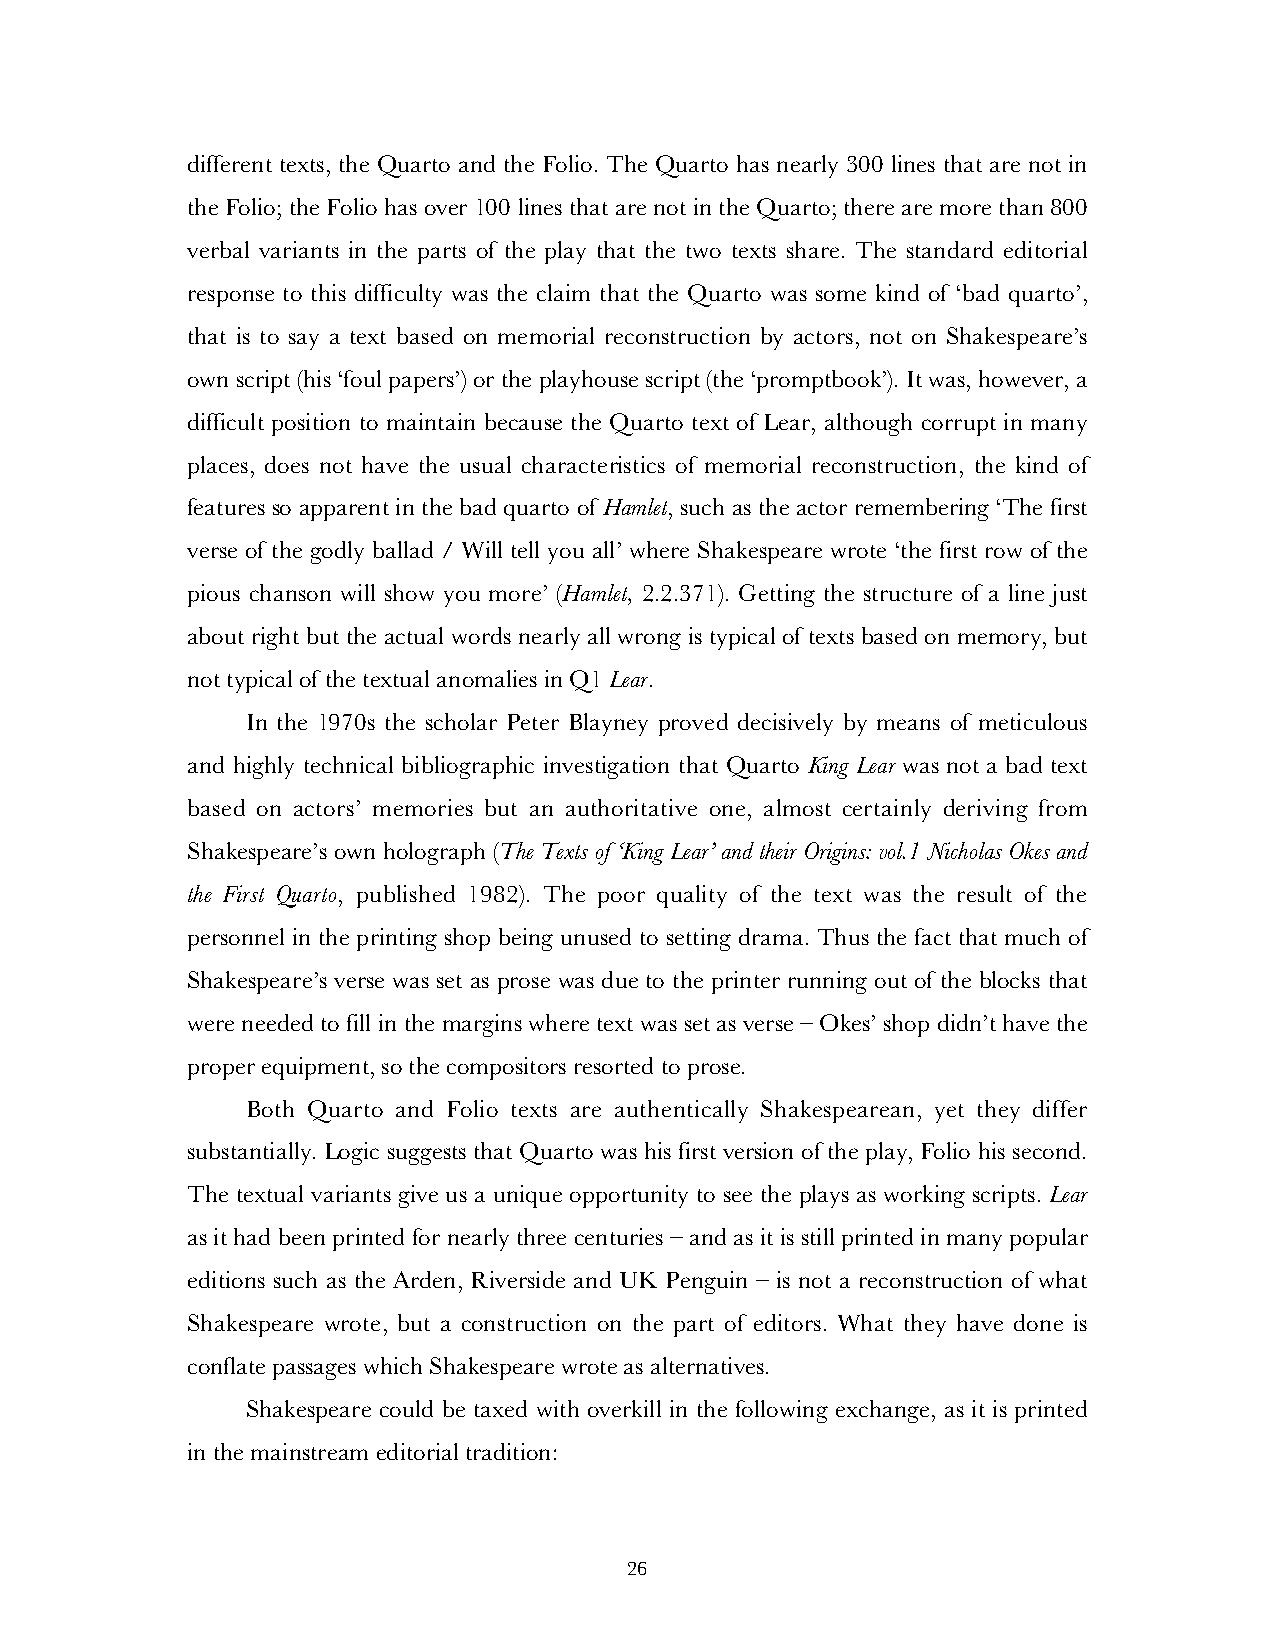
different texts, the Quarto and the Folio. The Quarto has nearly 300 lines that are not in
 the Folio; the Folio has over 100 lines that are not in the Quarto; there are more than 800
 verbal variants in the parts of the play that the two texts share. The standard editorial
 response to this difficulty was the claim that the Quarto was some kind of ‘bad quarto’,
 that is to say a text based on memorial reconstruction by actors, not on Shakespeare’s
 own script (his ‘foul papers’) or the playhouse script (the ‘promptbook’). It was, however, a
 difficult position to maintain because the Quarto text of Lear, although corrupt in many
 places, does not have the usual characteristics of memorial reconstruction, the kind of
 features so apparent in the bad quarto of Hamlet, such as the actor remembering ‘The first
 verse of the godly ballad / Will tell you all’ where Shakespeare wrote ‘the first row of the
 pious chanson will show you more’ (Hamlet, 2.2.371). Getting the structure of a line just
 about right but the actual words nearly all wrong is typical of texts based on memory, but
 not typical of the textual anomalies in Q1 Lear.
 In the 1970s the scholar Peter Blayney proved decisively by means of meticulous
 and highly technical bibliographic investigation that Quarto King Lear was not a bad text
 based on actors’ memories but an authoritative one, almost certainly deriving from
 Shakespeare’s own holograph (The Texts of ‘King Lear’ and their Origins: vol.1 Nicholas Okes and
 the First Quarto, published 1982). The poor quality of the text was the result of the
 personnel in the printing shop being unused to setting drama. Thus the fact that much of
 Shakespeare’s verse was set as prose was due to the printer running out of the blocks that
 were needed to fill in the margins where text was set as verse – Okes’ shop didn’t have the
 proper equipment, so the compositors resorted to prose.
 Both Quarto and Folio texts are authentically Shakespearean, yet they differ
 substantially. Logic suggests that Quarto was his first version of the play, Folio his second.
 The textual variants give us a unique opportunity to see the plays as working scripts. Lear
 as it had been printed for nearly three centuries – and as it is still printed in many popular
 editions such as the Arden, Riverside and UK Penguin – is not a reconstruction of what
 Shakespeare wrote, but a construction on the part of editors. What they have done is
 conflate passages which Shakespeare wrote as alternatives.
 Shakespeare could be taxed with overkill in the following exchange, as it is printed
 in the mainstream editorial tradition:
 26